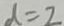
d = 2